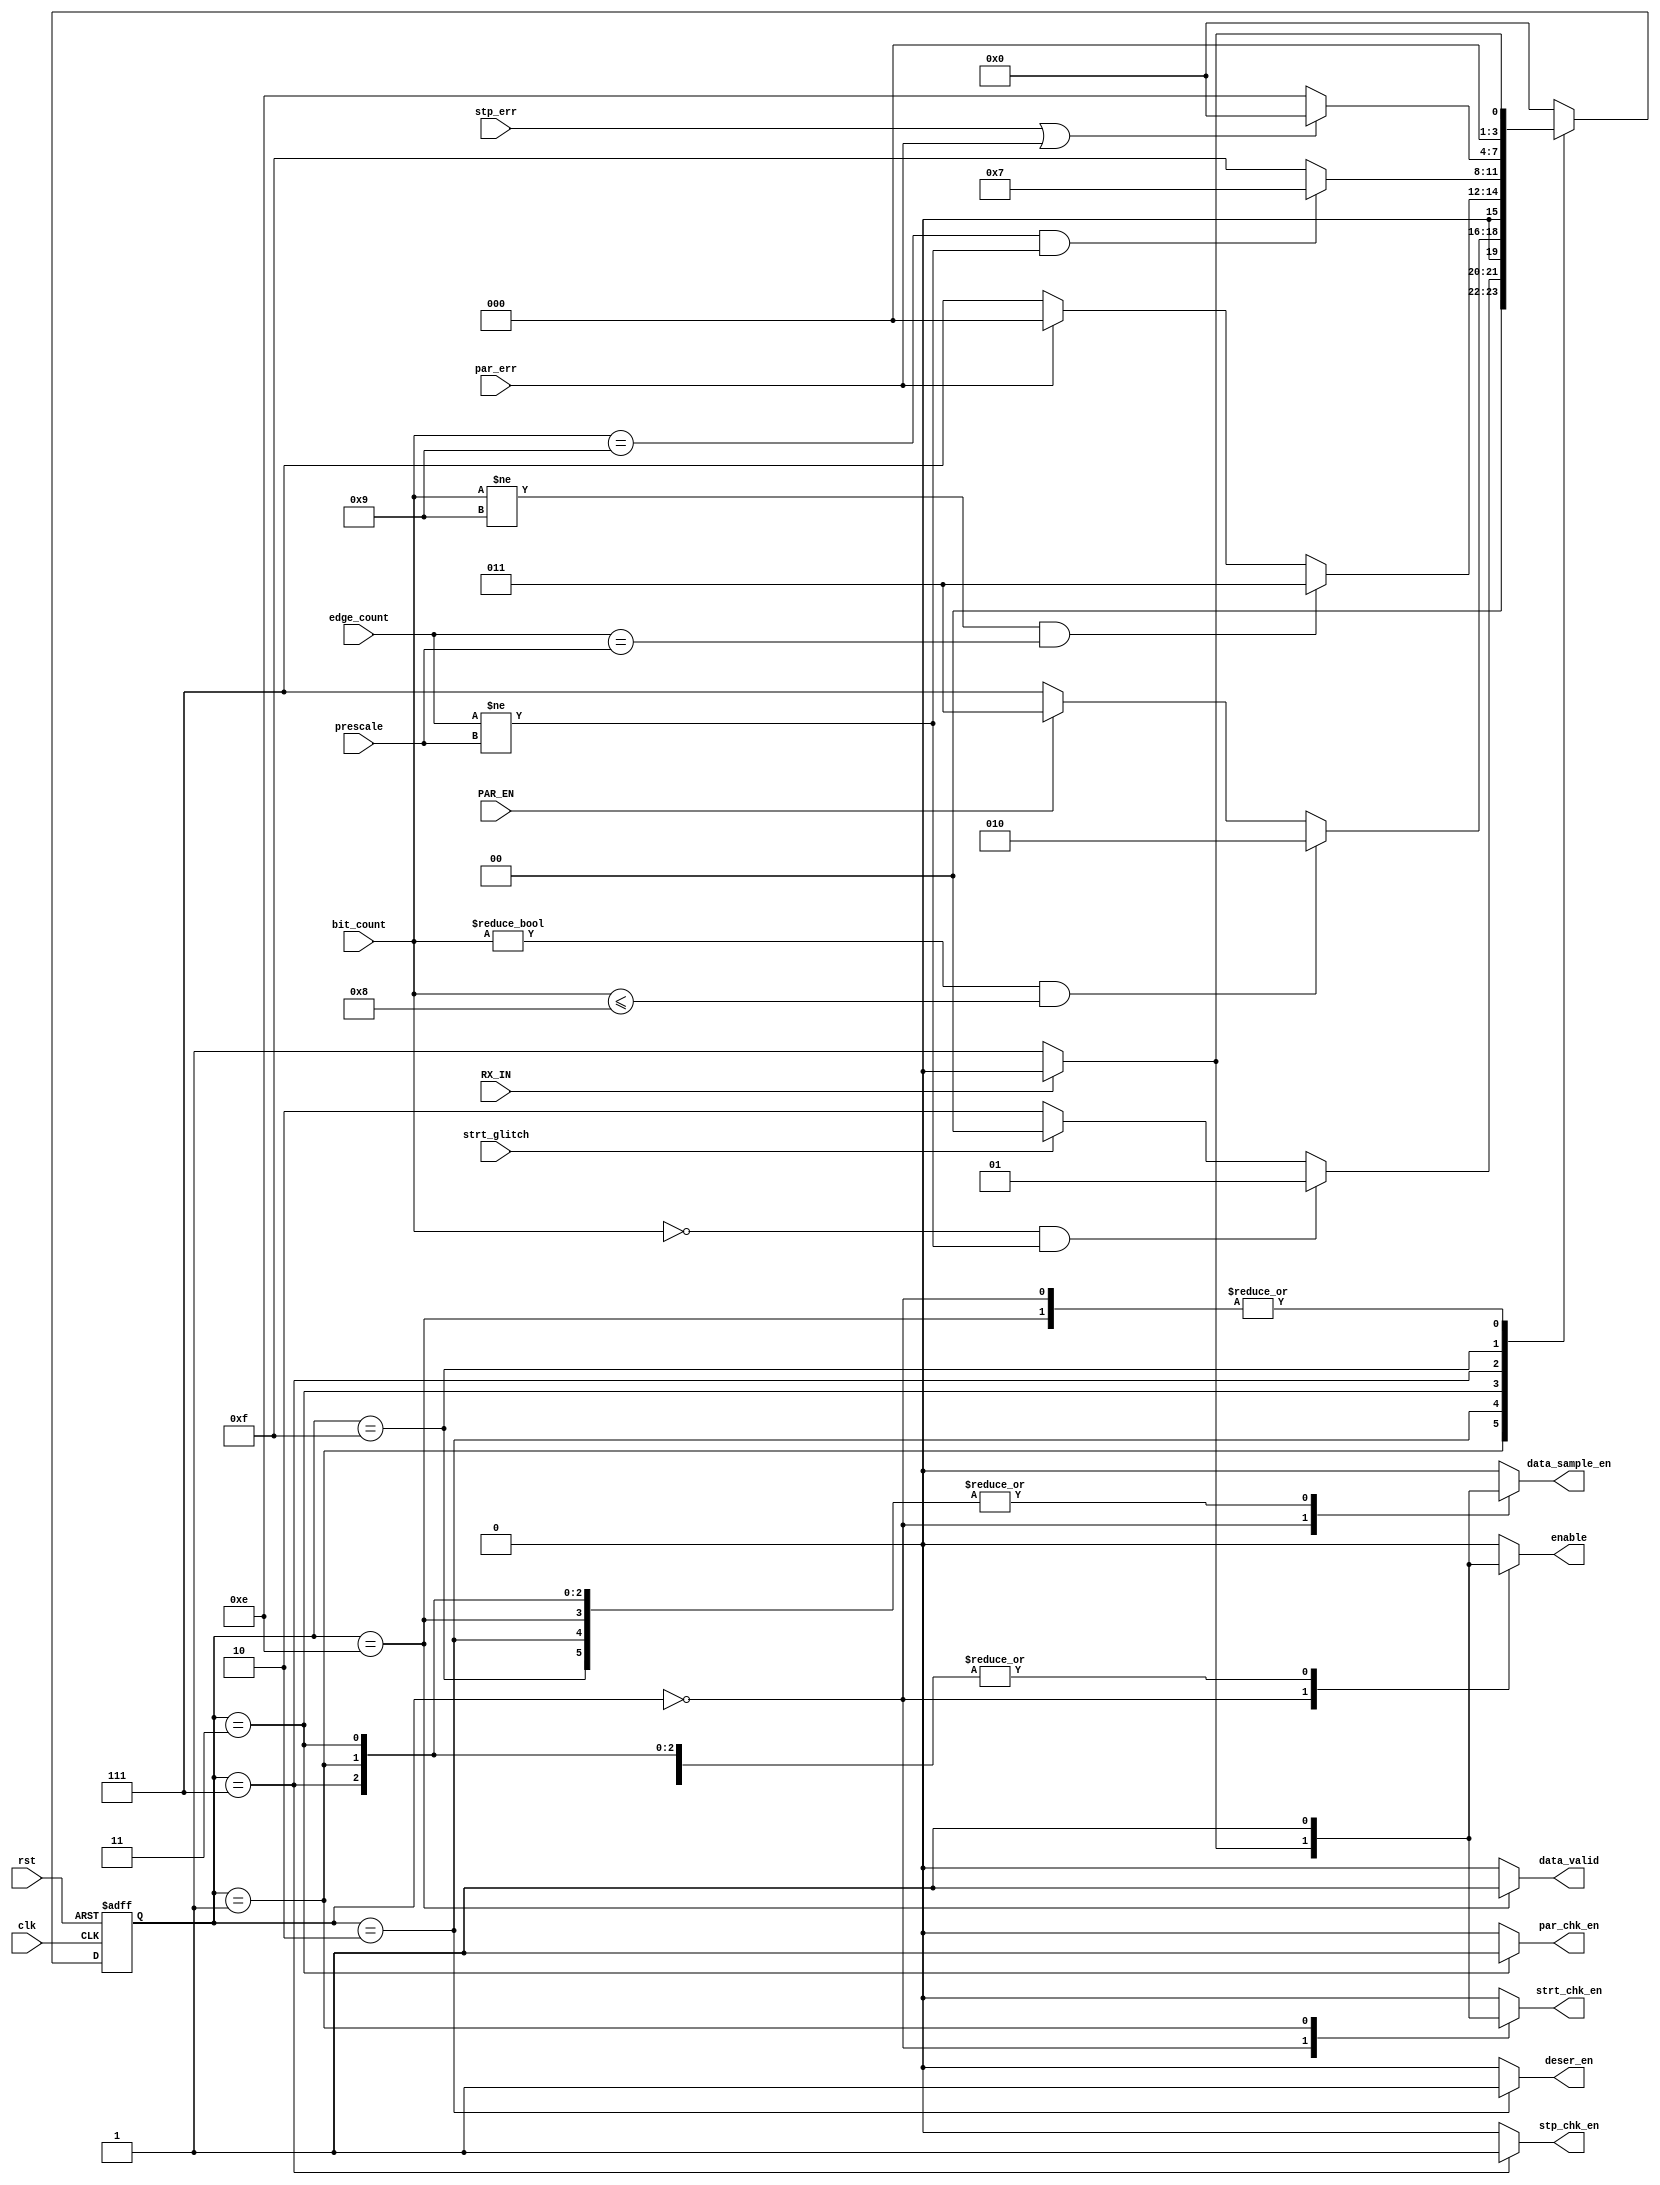
module FSM (

input	wire			clk,
input	wire			rst,
input	wire	[4:0]		prescale,
input	wire			PAR_EN,
input	wire			RX_IN,
input	wire	[4:0]		edge_count,	
input	wire	[3:0]		bit_count,
input	wire			stp_err,
input	wire			strt_glitch,
input	wire			par_err,
output	reg			data_sample_en,
output	reg			enable,
output	reg			deser_en,
output	reg			data_valid,
output	reg			stp_chk_en,
output	reg			strt_chk_en,
output	reg			par_chk_en


);

reg		[3:0]	current_state;
reg		[3:0]	next_state;

localparam IDLE   = 4'b0000;
localparam start  = 4'b0001;
localparam S_Data = 4'b0010;
localparam parity = 4'b0011;
localparam stop   = 4'b0111;
localparam check  = 4'b1111;
localparam anothr_frame = 4'b1110;


always @(posedge clk or negedge rst) begin
    if(!rst) begin
        current_state <= IDLE;
    end
    else begin
        current_state <= next_state ;
    end
end

always@(*) begin
    case(current_state)
    IDLE: begin
        if (RX_IN) begin
            next_state = IDLE ;
        end
        else begin
            next_state = start;
        end
    end

    start: begin
        if (bit_count == 4'b0 && edge_count != prescale ) begin
            next_state = start;
        end
        else begin
            if (!strt_glitch)
            begin
            next_state = S_Data;
            end
            else begin
            next_state = IDLE ;
            end
        end
    end

    S_Data: begin
        if ((bit_count != 4'd0) && (bit_count <= 4'd8)) begin
            next_state = S_Data ;
        end
        else begin
            if(PAR_EN) begin
                next_state = parity ;
            end
            else begin
                next_state = stop ;
            end
        end
    end

    parity: begin
        if(bit_count != 4'd9 && edge_count == prescale) begin
            next_state = parity;
        end
        else begin
            if(!par_err) begin
                next_state = stop ;
            end
            else begin
                next_state = IDLE;
            end
        end
    end

    stop: begin
        if (bit_count == 4'd9 && edge_count != prescale) begin
            next_state = stop;
        end
        else begin
            next_state = check;
        end
    end

    check: begin
        if (stp_err || par_err) begin
            next_state = IDLE ;
        end
        else begin
            next_state = anothr_frame;
        end
    end

    anothr_frame: begin
        if(!RX_IN) begin
            next_state = start;
        end
        else begin
            next_state = IDLE ;
        end
    end

    default :
    begin
    next_state = IDLE ;
    end

    endcase

end

always@(*)
begin

case(current_state)

IDLE:
begin

if(RX_IN)
begin
data_sample_en = 1'b0;
enable = 1'b0;
deser_en = 1'b0;
data_valid =1'b0;
stp_chk_en =1'b0;
strt_chk_en =1'b0;
par_chk_en = 1'b0;
end

else
begin
data_sample_en = 1'b1;
enable = 1'b1;
deser_en = 1'b0;
data_valid =1'b0;
stp_chk_en =1'b0;
strt_chk_en =1'b1;
par_chk_en = 1'b0;
end

end

start:
begin

data_sample_en = 1'b1;
enable = 1'b1;
deser_en = 1'b0;
data_valid =1'b0;
stp_chk_en =1'b0;
strt_chk_en =1'b1;
par_chk_en = 1'b0;


end

S_Data:
begin

data_sample_en = 1'b1;
enable = 1'b1;
deser_en = 1'b1;
data_valid =1'b0;
stp_chk_en =1'b0;
strt_chk_en =1'b0;
par_chk_en = 1'b0;

end


parity:
begin

data_sample_en = 1'b1;
enable = 1'b1;
deser_en = 1'b0;
data_valid =1'b0;
stp_chk_en =1'b0;
strt_chk_en =1'b0;
par_chk_en = 1'b1;

end

stop:
begin

data_sample_en = 1'b1;
enable = 1'b1;
deser_en = 1'b0;
data_valid =1'b0;
stp_chk_en =1'b1;
strt_chk_en =1'b0;
par_chk_en = 1'b0;

end

check:
begin

data_sample_en = 1'b1;
enable = 1'b0;
deser_en = 1'b0;
data_valid =1'b0;
stp_chk_en =1'b0;
strt_chk_en =1'b0;
par_chk_en = 1'b0;

end

anothr_frame:
begin
data_sample_en = 1'b1;
enable = 1'b0;
deser_en = 1'b0;
data_valid =1'b1;
stp_chk_en =1'b0;
strt_chk_en =1'b0;
par_chk_en = 1'b0;
end


default:
begin
data_sample_en = 1'b0;
enable = 1'b0;
deser_en = 1'b0;
data_valid =1'b0;
stp_chk_en =1'b0;
strt_chk_en =1'b0;
par_chk_en = 1'b0;
end

endcase


end
endmodule